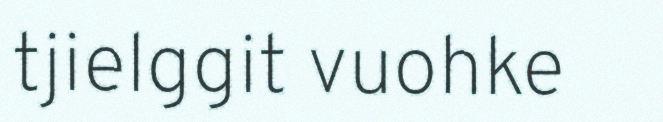
tjielggit vuohke